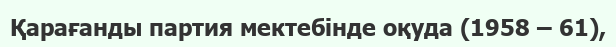
Қарағанды партия мектебінде оқуда (1958 – 61),